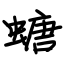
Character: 螗